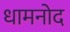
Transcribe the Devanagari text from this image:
धामनोद